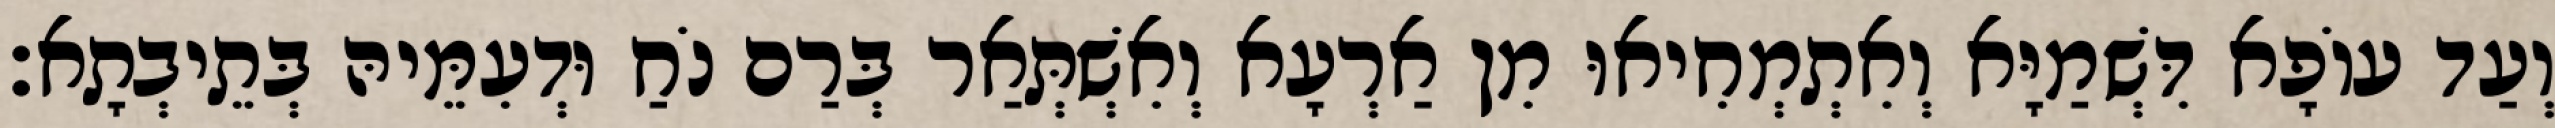
וְעַד עוֹפָא דִּשְׁמַיָּא וְאִתְמְחִיאוּ מִן אַרְעָא וְאִשְׁתְּאַר בְּרַם נֹחַ וּדְעִמֵּיהּ בְּתֵיבְתָא׃